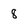
Character: 8